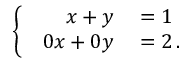
\left\{ \begin{array} { l l } { { \begin{array} { r l } { x + y } & { { } = 1 } \\ { 0 x + 0 y } & { { } = 2 \, . } \end{array} } } \end{array} \right.